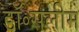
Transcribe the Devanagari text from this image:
डॉ॰सलीम